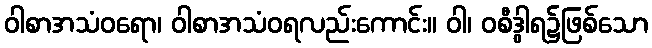
ဝါစာအသံဝရော၊ ဝါစာအသံဝရလည်းကောင်း။ ဝါ၊ ဝစီဒွါရ၌ဖြစ်သော